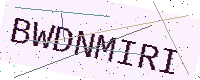
Text: BWDNMIRI